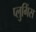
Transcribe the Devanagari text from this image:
प्लुगिंस